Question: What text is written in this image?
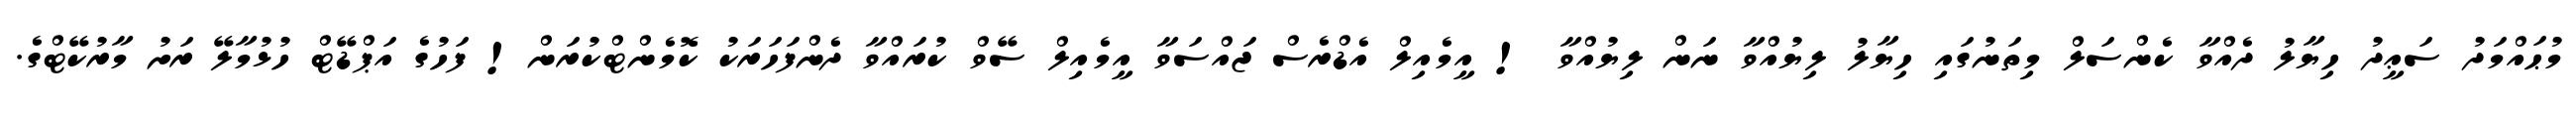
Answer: މުޙައްމަދު ސަޢީދު ހިޔާލު ދެއްވާ ކެންސަލް މިތަނުގައި ހިޔާލު ލިޔުއްވާ ނަން ލިޔުއްވާ ! އީމެއިލް އެޑްރެސް ޖައްސަވާ އީމެއިލް ސޭވް ކުރައްވާ ދެންފަހަރަކު ކޮމެންޓްކުރަން! ފަހުގެ އަޕްޑޭޓް ހުޅުމާލޭ ރަށު މާރުކޭޓްގެ.